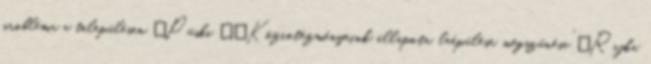
probléma a településen ▪Püski ▪„Közintézményeink állapota, leépülése, megszűnése” ▪Rajka